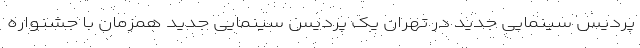
پردیس سینمایی جدید در تهران یک پردیس سینمایی جدید همزمان با جشنواره